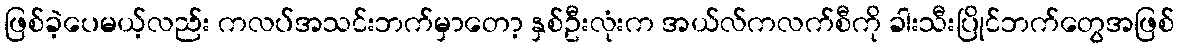
ဖြစ်ခဲ့ပေမယ့်လည်း ကလပ်အသင်းဘက်မှာတော့ နှစ်ဦးလုံးက အယ်လ်ကလက်စီကို ခါးသီးပြိုင်ဘက်တွေအဖြစ်